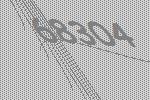
68304